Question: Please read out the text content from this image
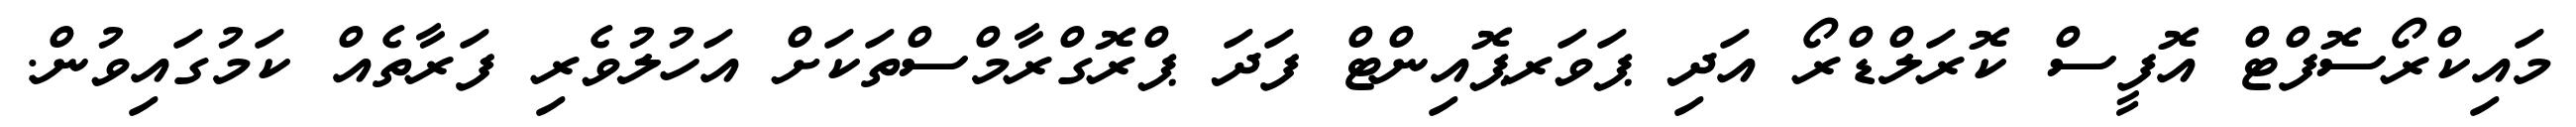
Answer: މައިކްރޯސޮފްޓް އޮފީސް ކޮރަލްޑްރޯ އަދި ޕަވަރޕޮއިންޓް ފަދަ ޕްރޮގްރާމްސްތަކަށް އަހުލުވެރި ފަރާތެއް ކަމުގައިވުން.